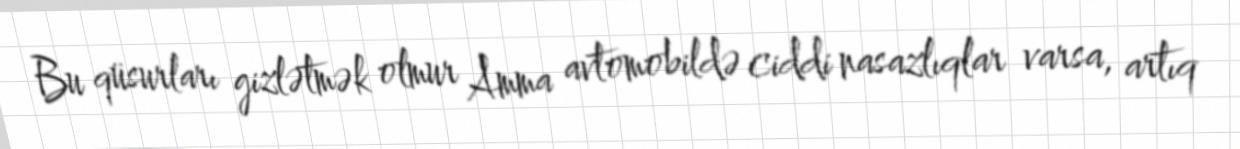
Bu qüsurları gizlətmək olmur Amma avtomobildə ciddi nasazlıqlar varsa, artıq